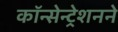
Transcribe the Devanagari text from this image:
कॉन्सेन्ट्रेशनने